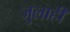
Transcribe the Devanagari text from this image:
जुलाही